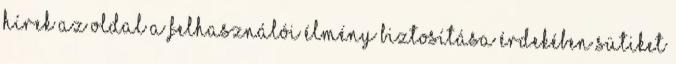
hírek Az oldal a felhasználói élmény biztosítása érdekében sütiket